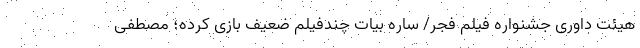
هیئت داوری جشنواره فیلم فجر/ ساره بیات چندفیلم ضعیف بازی کرده؛ مصطفی